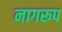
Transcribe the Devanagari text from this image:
नागरूप